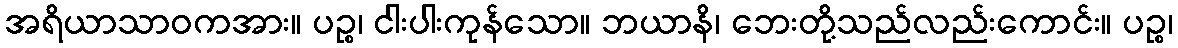
အရိယာသာဝကအား။ ပဉ္စ၊ ငါးပါးကုန်သော။ ဘယာနိ၊ ဘေးတို့သည်လည်းကောင်း။ ပဉ္စ၊